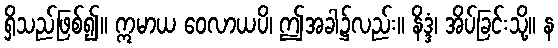
ရှိသည်ဖြစ်၍။ ဣမာယ ဝေလာယပိ၊ ဤအခါ၌လည်း။ နိဒ္ဒံ၊ အိပ်ခြင်းသို့။ န